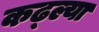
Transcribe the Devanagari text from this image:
कढ्ल्या